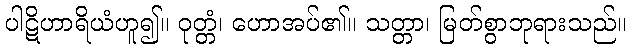
ပါဋိဟာရိယံဟူ၍။ ဝုတ္တံ၊ ဟောအပ်၏။ သတ္တာ၊ မြတ်စွာဘုရားသည်။